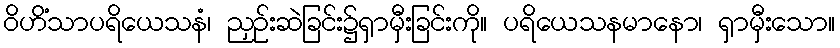
ဝိဟိံသာပရိယေသနံ၊ ညှဉ်းဆဲခြင်း၌ရှာမှီးခြင်းကို။ ပရိယေသနမာနော၊ ရှာမှီးသော။